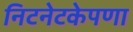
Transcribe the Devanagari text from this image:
निटनेटकेपणा